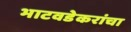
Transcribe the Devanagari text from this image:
भाटवडेकरांचा